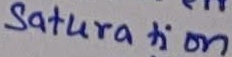
Text: Saturation